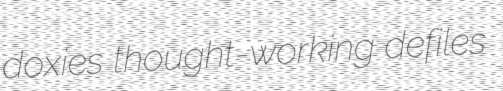
doxies thought-working defiles